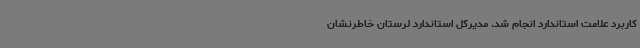
کاربرد علامت استاندارد انجام شد. مدیرکل استاندارد لرستان خاطرنشان